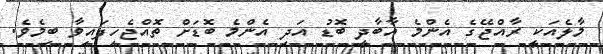
މާލެއަކީ ރާއްޖޭގެ އެންމެ އާބާދީ ބޮޑު އަދި އެންމެ ބޮޑަށް ތޮއްޖެހިފައިވާ ބިމެވެ.